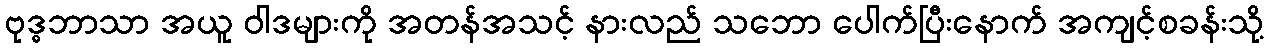
ဗုဒ္ဓဘာသာ အယူ ဝါဒများကို အတန်အသင့် နားလည် သဘော ပေါက်ပြီးနောက် အကျင့်စခန်းသို့